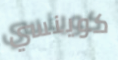
كوينسي